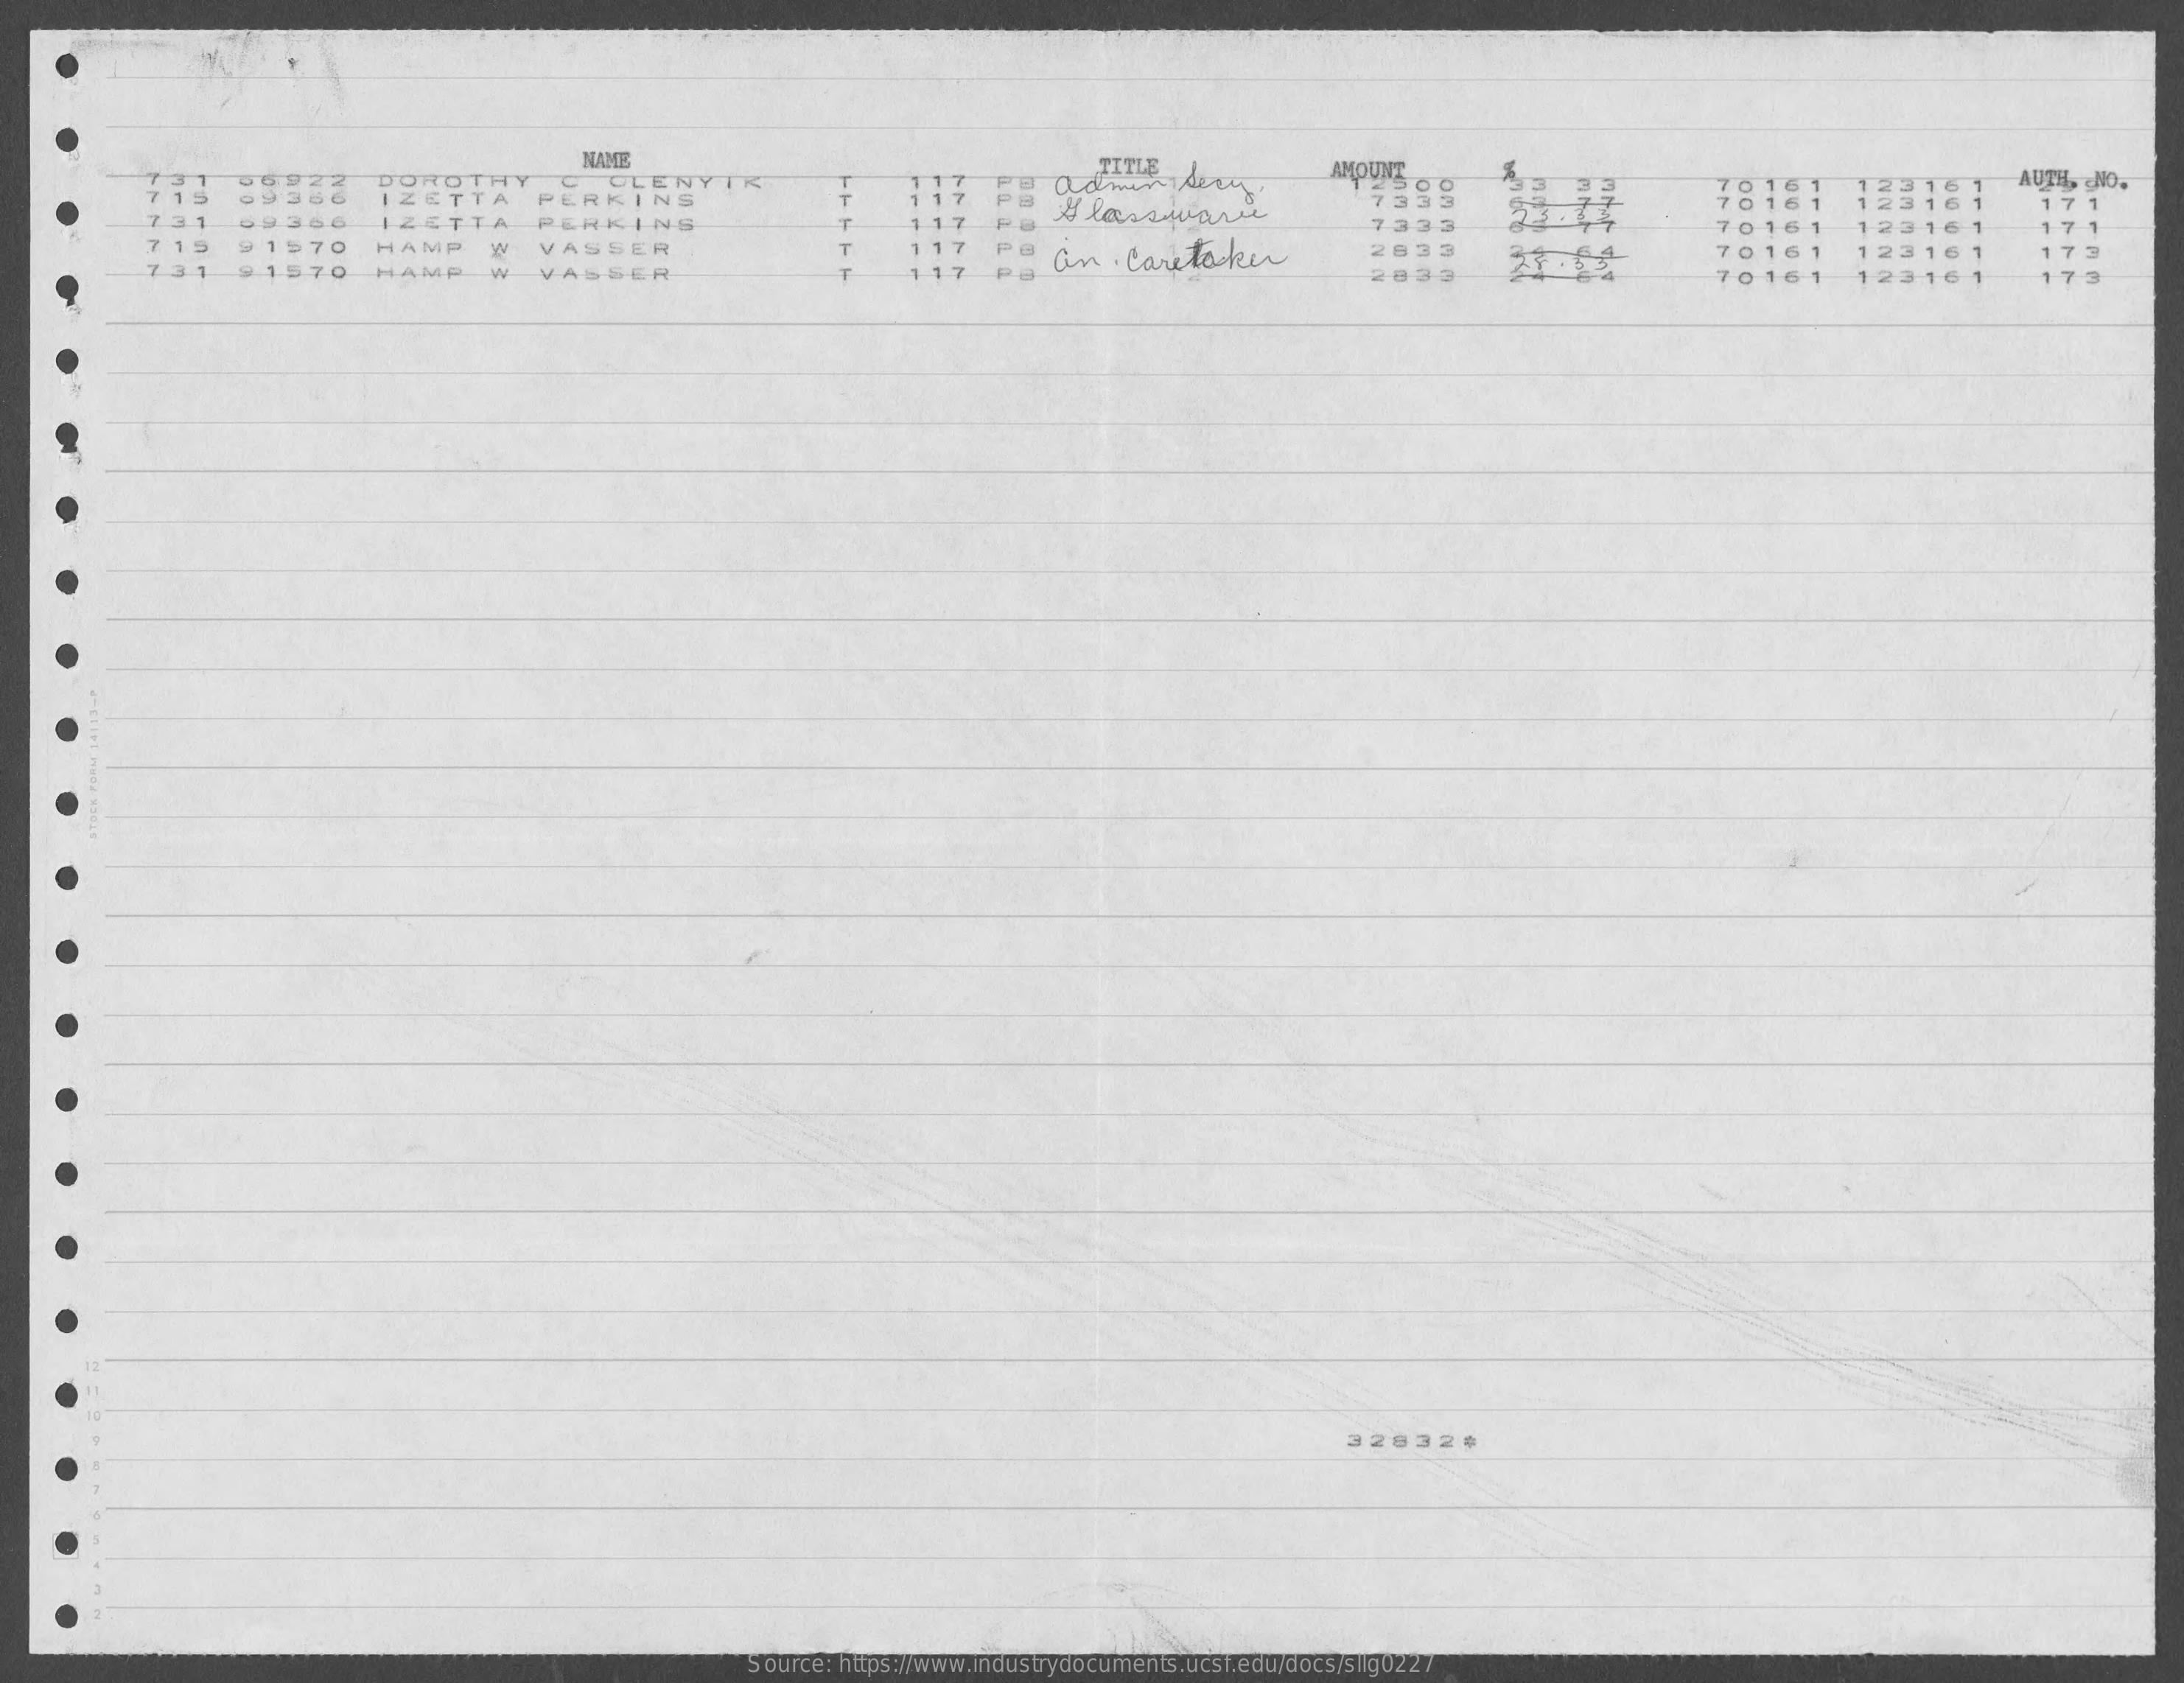
NAME
     AMOUNT
     M-M-
     1 5  0936
     2   DOROTHY
     IZETTA
     CLENYTK
     PERKINS
     117    admin,    dery.
     117    P    733:
     70161    AUTH, NO.
     09 1366    ZETTA    PERKINS
     70161
     117
     Pa
     7333    70161
     12316    1    171
     123161    171
     7    91570    HAMP    W    VASSER    117
     VASSER    17
     an    Caretaker    2833    70161    123161    173
     570    HAMP    W    70161    12    1 6    173
     328321
     Source: https://www.industrydocuments.ucsf.edu/docs/sllg0227